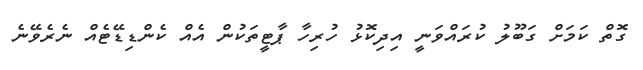
ގޮތް ކަމަށް ގަބޫލު ކުރައްވަނީ އިދިކޮޅު ހުރިހާ ޕާޓީތަކުން އެއް ކެންޑިޑޭޓެއް ނެރެވޭނެ